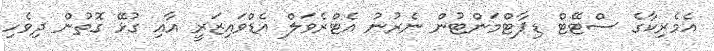
އެމެރިކާގެ ސްޓޭޓް ޑިޕާޓްމަންޓުން ނެރުނު އެޓްރެވަލް އެޑްވައިޒަރީ އާއި ގުޅޭ ގޮތުން ދިވެހި